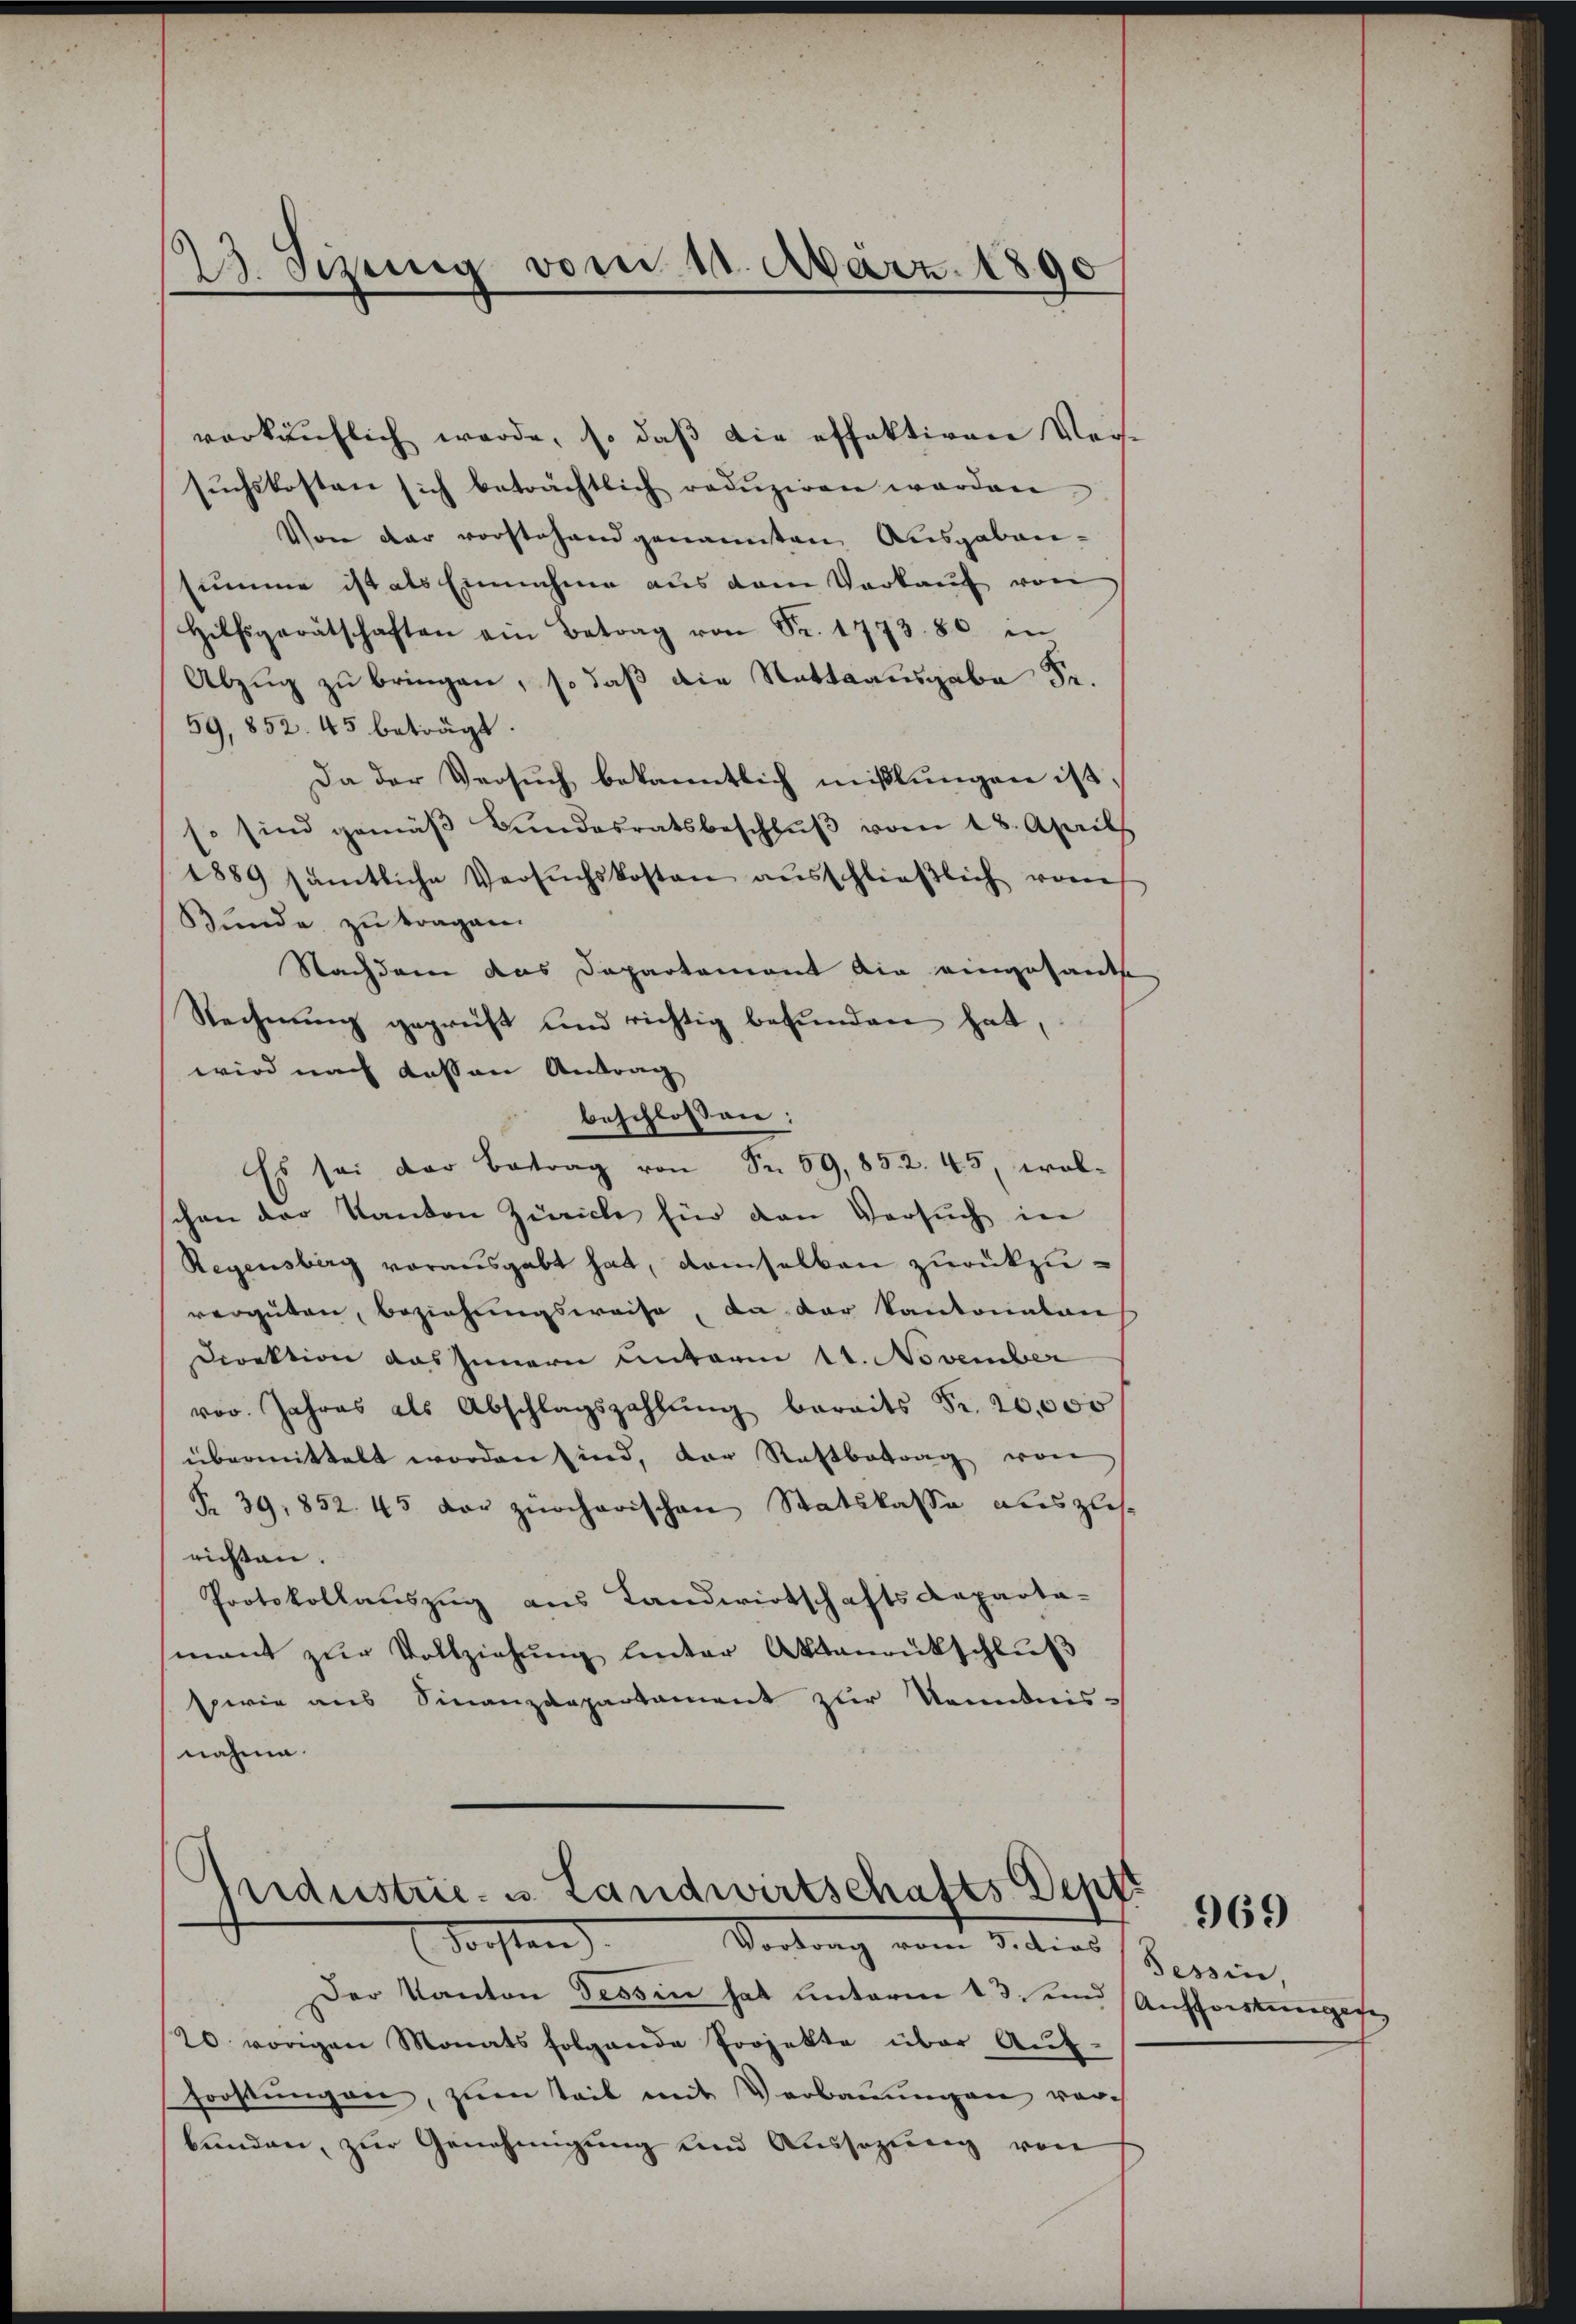
23. Sizung vom 11. März. 1890

verkäŭflich werde, so daβ die effektiven Versŭchskosten sich beträchtlich redŭziren worden.
Von der vorstehend genannten Ausgaben-
summe ist als Einnahme aus dem Vorkauf von
Hilfsgerätschaften ein Betrag von Fr. 1773. 80 in
Abzug zu bringen, so daß die Stattsausgabe Sr.
59,852. 45 beträgt.
Da der Versŭch bekanntlich mißlungen ist,
so sind gemäβ Bundesratsbeschlŭβ vom 18. April
1889 sämtliche Versŭchskosten aŭsschlieβlich vom
Bunde zu tragen.
Nachdem das Departement die eingesante
Rechnung geprüft und richtig befunden hat,
wird nach dessen Antrag
beschlossen:
Es sei der Betrag von Fr. 59,852. 45, wol-
chen der Kanton Zürich für den Versuch in
Regensberg vorausgabt hat, demselben zurückzuvergüten, beziehungsweise, da der Kantonaton
Direktion das Innern Unterm 11. November
vor. Jahres als Abschlagszahlŭng bereits Fr. 20,000
übermittelt worden sind, der Restbetrag von
§. 39, 852. 43 der zürcherischen Statskasse auszuse
richten.
Protokollauszug aus Landwirtschafts Reparta-
mant zŭr Vollziehŭng hinter Aktenrutschluß
sperie aus Finanzdepartament zur Kenntnis-
nahme.

Industrie- u. Landwirtschafts Dep
Forsten
Vortrag vom Titias Seren,

Der Kanton Tessin hat unterm 13. und Aufforstgese
20 vorigen Monatsfolgende Projekte über Aŭf-
Forstungen, zum Teil mit Verbauungen vorbünden, zur Genehmigung und Aussazung von

969